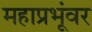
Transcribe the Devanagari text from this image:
महाप्रभूंवर